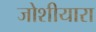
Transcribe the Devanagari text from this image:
जोशीयारा